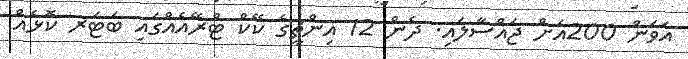
އަވަން 200އަށް ޖައްސާލައި. ދެން 12 އިންޗީގެ ކޭކް ޓްރޭއެއްގައި ބަޓަރ ކޮޅެއް